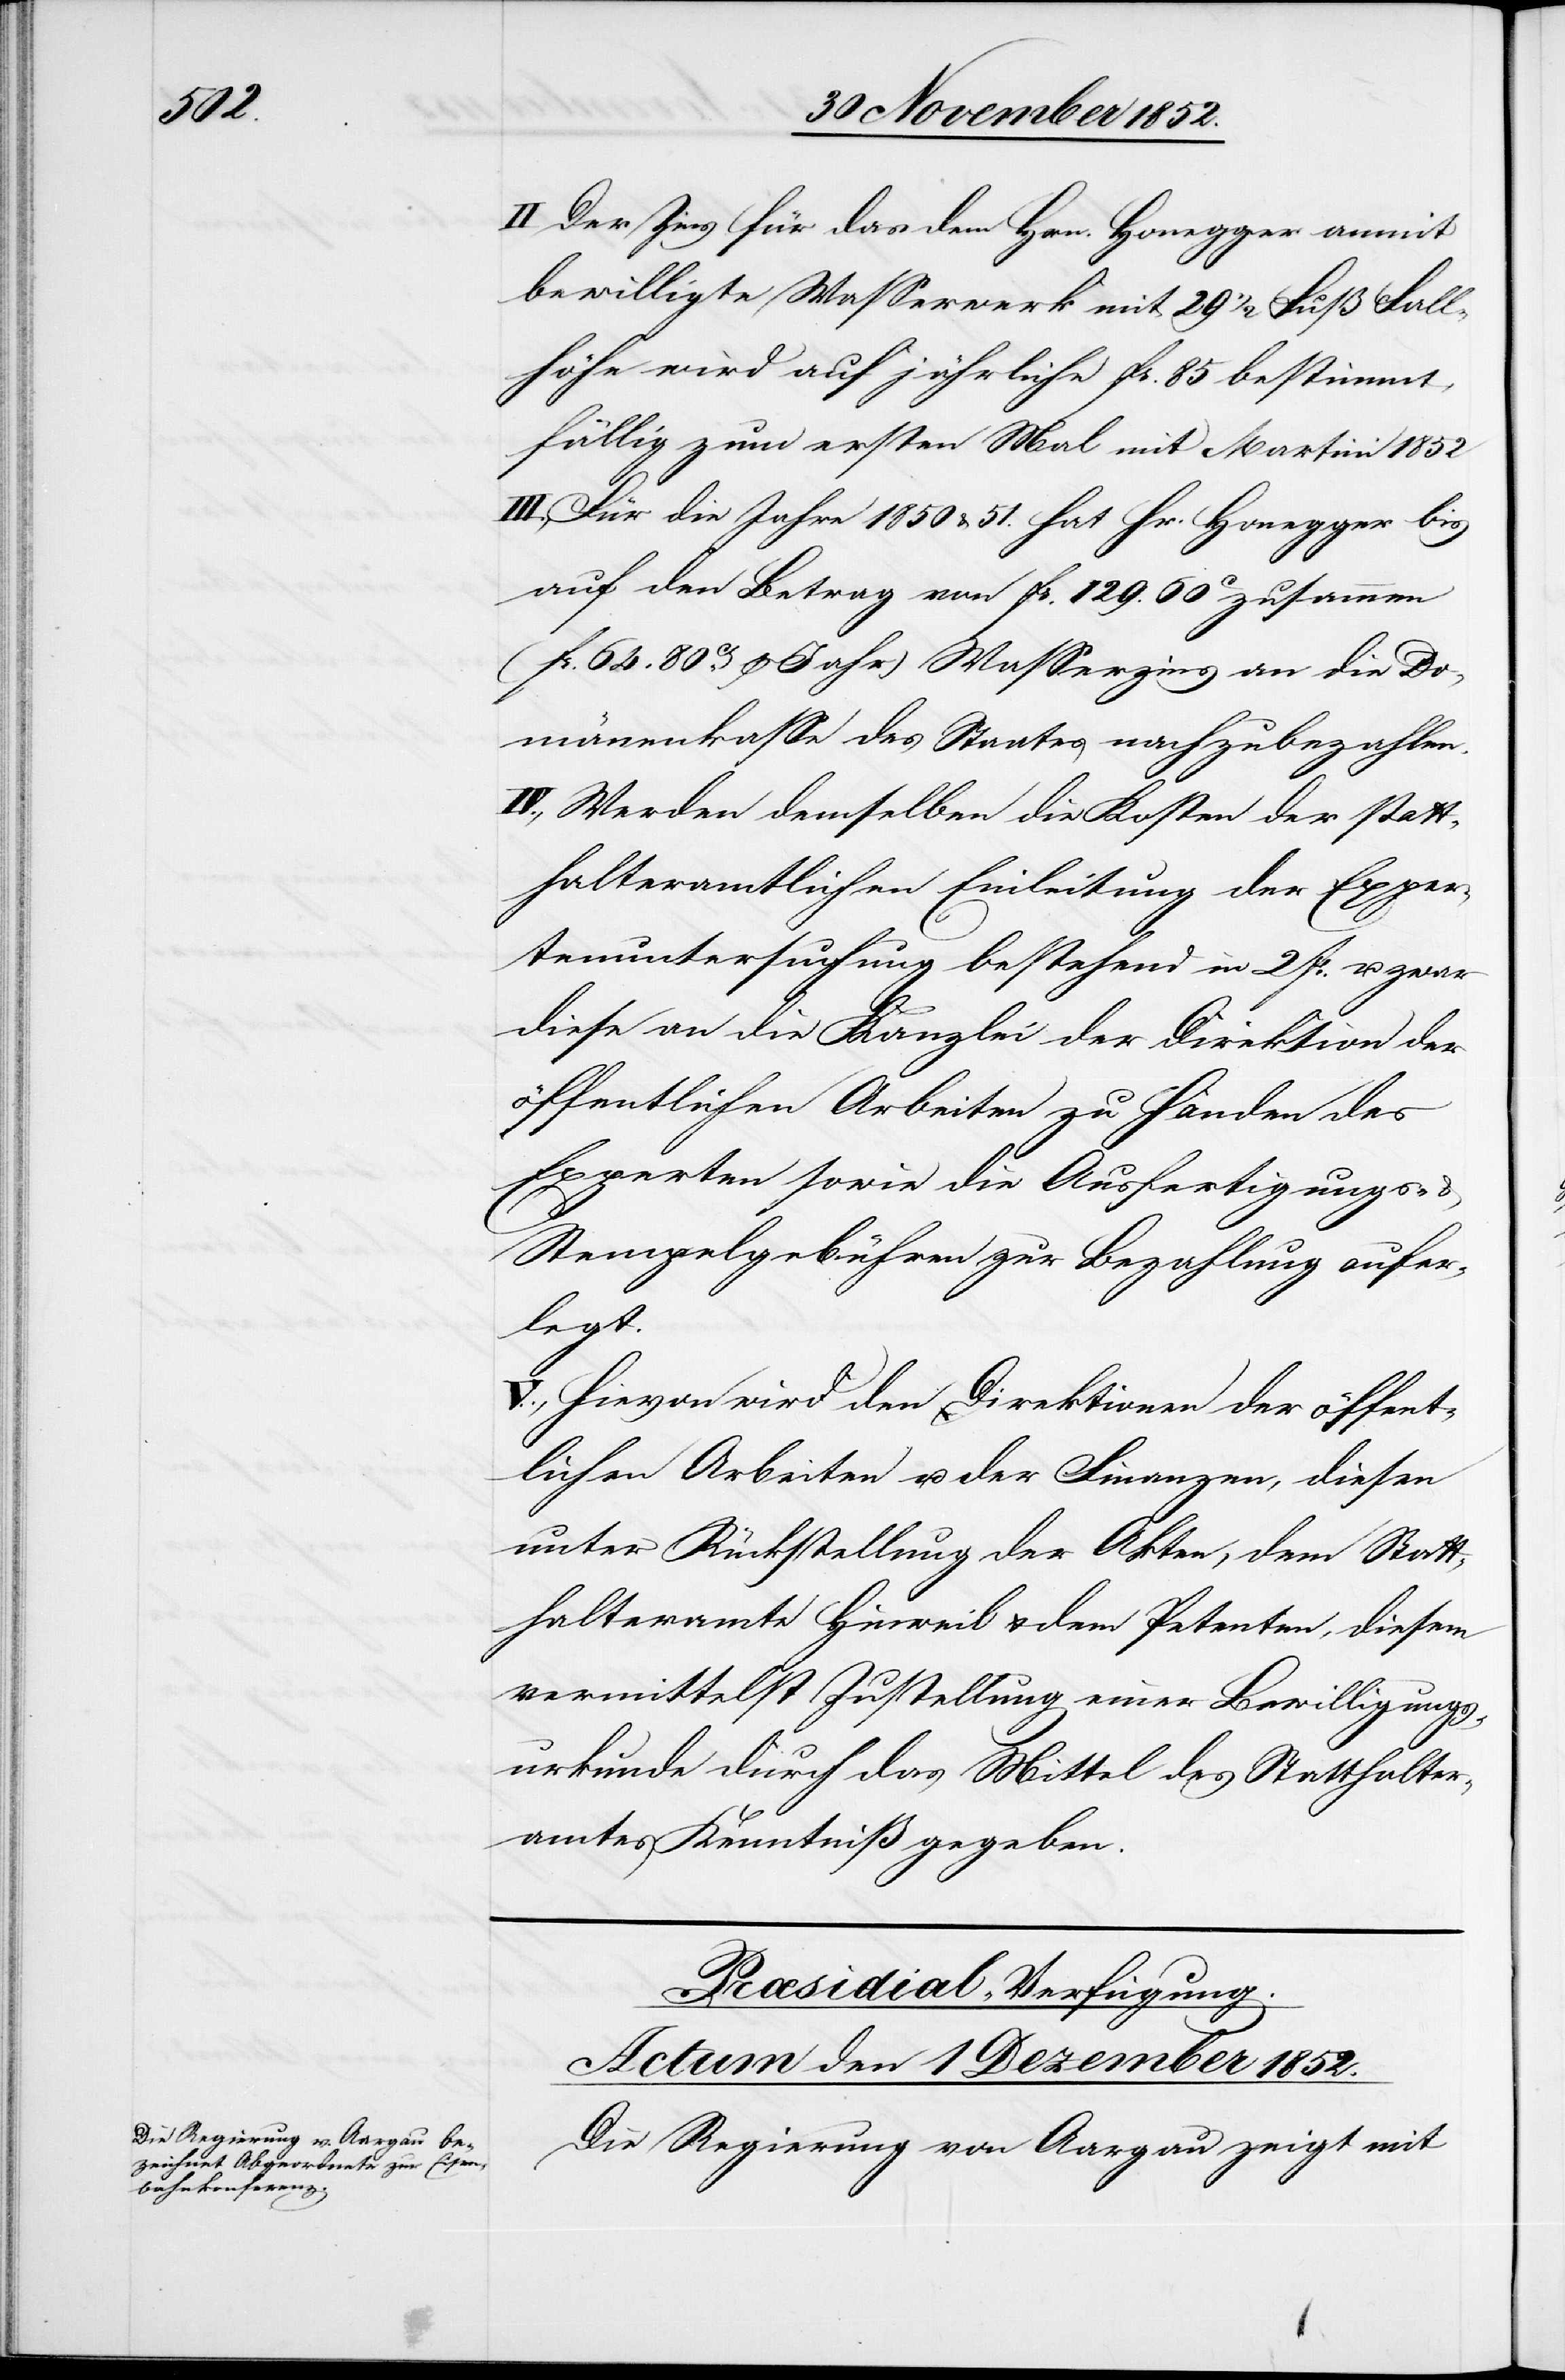
II. Der Zins für das dem Hrn. Honegger anmit
bewilligte Wasserwerk mit 29 1/2 Fuß Fall¬
höhe wird auf jährliche fr. 85 bestimmt,
fällig zum ersten Mal mit Martini 1852
III., Für die Jahre 1850 & 51. hat Hr. Honegger bis
auf den Betrag von fr. 129. 60C zusammen
(fr. 64. 80Cts. p Jahr) Wasserzins an die Do¬
mänenkasse des Staates nachzubezahlen.
IV., Werden demselben die Kosten der statt¬
halteramtlichen Einleitung der Exper¬
tenuntersuchung bestehend in 2 fr. u. zwar
diese an die Kanzlei der Direktion der
öffentlichen Arbeiten zu Handen des
Experten sowie die Ausfertigungs-
Stempelgebühren zur Bezahlung aufer¬
legt.
V., Hievon wird den Direktionen der öffent¬
lichen Arbeiten u. der Finanzen, diesen
unter Rückstellung der Akten, dem Statt¬
halteramte Hinweil & dem Petenten, diesem
vermittelst Zustellung einer Bewilligungs¬
urkunde durch das Mittel des Statthalter¬
amtes Kenntniß gegeben.
Præsidial-Verfügung.
Actum den 1 Dezember 1852.
Die Regierung von Aargau zeigt mit